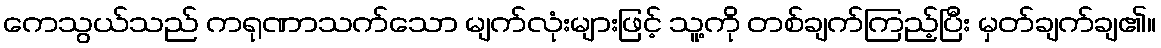
ကေသွယ်သည် ကရုဏာသက်သော မျက်လုံးများဖြင့် သူ့ကို တစ်ချက်ကြည့်ပြီး မှတ်ချက်ချ၏။